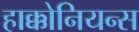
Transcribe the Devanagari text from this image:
हाक्कोनियन्स